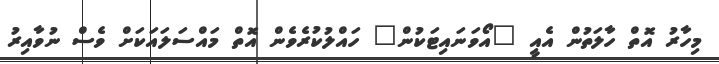
މިހާރު އޮތް ހާލަތުން އެއީ "އޯވަނައިޓަކުން" ހައްލުކުރެވެން އޮތް މައްސަލައަކަށް ވެސް ނުވާއިރު